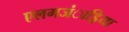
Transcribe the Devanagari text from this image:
एलगजंाड्रिया